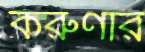
করুণার